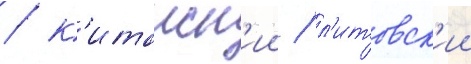
/ к'итаиск'ии / л'итовск'ии